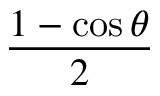
\frac { 1 - \cos \theta } { 2 }